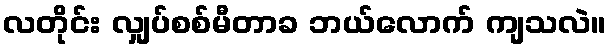
လတိုင်း လျှပ်စစ်မီတာခ ဘယ်လောက် ကျသလဲ။